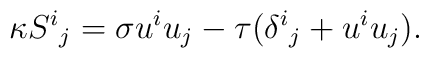
\kappa {S^i}_j= \sigma u^i u_j-\tau ( {\delta^i}_j + u^i u_j ).